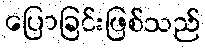
ပြောခြင်းဖြစ်သည်